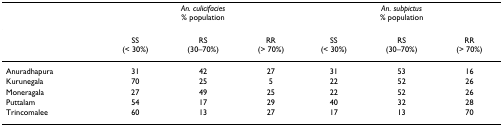
<table><thead><tr><td></td><td colspan="3"><b><i>An. culicifacies </i>% population</b></td><td colspan="3"><b><i>An. subpictus </i>% population</b></td></tr></thead><tbody><tr><td></td><td>SS (&lt; 30%)</td><td>RS (30–70%)</td><td>RR (&gt; 70%)</td><td>SS (&lt; 30%)</td><td>RS (30–70%)</td><td>RR (&gt; 70%)</td></tr><tr><td>Anuradhapura</td><td>31</td><td>42</td><td>27</td><td>31</td><td>53</td><td>16</td></tr><tr><td>Kurunegala</td><td>70</td><td>25</td><td>5</td><td>22</td><td>52</td><td>26</td></tr><tr><td>Moneragala</td><td>27</td><td>49</td><td>25</td><td>22</td><td>52</td><td>26</td></tr><tr><td>Puttalam</td><td>54</td><td>17</td><td>29</td><td>40</td><td>32</td><td>28</td></tr><tr><td>Trincomalee</td><td>60</td><td>13</td><td>27</td><td>17</td><td>13</td><td>70</td></tr></tbody></table>